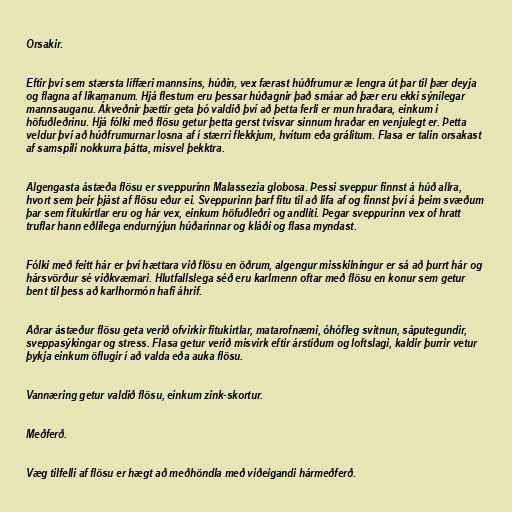
Orsakir.

Eftir því sem stærsta líffæri mannsins, húðin, vex færast húðfrumur æ lengra út þar til þær deyja
og flagna af líkamanum. Hjá flestum eru þessar húðagnir það smáar að þær eru ekki sýnilegar
mannsauganu. Ákveðnir þættir geta þó valdið því að þetta ferli er mun hraðara, einkum í
höfuðleðrinu. Hjá fólki með flösu getur þetta gerst tvisvar sinnum hraðar en venjulegt er. Þetta
veldur því að húðfrumurnar losna af í stærri flekkjum, hvítum eða grálitum. Flasa er talin orsakast
af samspili nokkurra þátta, misvel þekktra.

Algengasta ástæða flösu er sveppurinn Malassezia globosa. Þessi sveppur finnst á húð allra,
hvort sem þeir þjást af flösu eður ei. Sveppurinn þarf fitu til að lifa af og finnst því á þeim svæðum
þar sem fitukirtlar eru og hár vex, einkum höfuðleðri og andliti. Þegar sveppurinn vex of hratt
truflar hann eðlilega endurnýjun húðarinnar og kláði og flasa myndast.

Fólki með feitt hár er því hættara við flösu en öðrum, algengur misskilningur er sá að þurrt hár og
hársvörður sé viðkvæmari. Hlutfallslega séð eru karlmenn oftar með flösu en konur sem getur
bent til þess að karlhormón hafi áhrif.

Aðrar ástæður flösu geta verið ofvirkir fitukirtlar, matarofnæmi, óhófleg svitnun, sáputegundir,
sveppasýkingar og stress. Flasa getur verið misvirk eftir árstíðum og loftslagi, kaldir þurrir vetur
þykja einkum öflugir í að valda eða auka flösu.

Vannæring getur valdið flösu, einkum zink-skortur.

Meðferð.

Væg tilfelli af flösu er hægt að meðhöndla með viðeigandi hármeðferð.